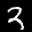
Label: 3